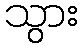
သွား